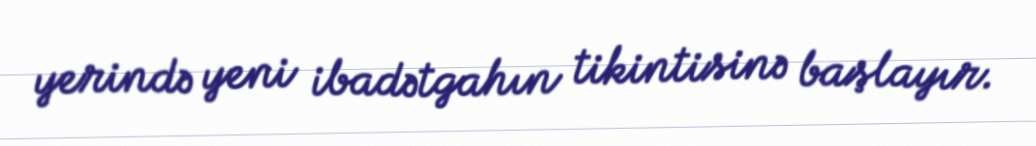
yerində yeni ibadətgahın tikintisinə başlayır.